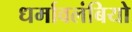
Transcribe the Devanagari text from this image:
धर्मावलंबियो